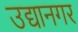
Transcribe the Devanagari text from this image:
उद्यानगर